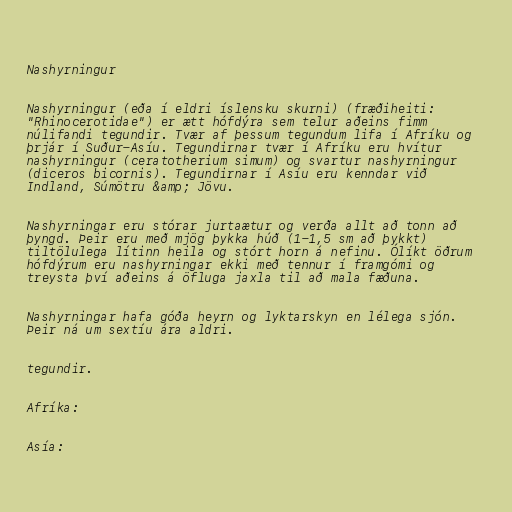
Nashyrningur

Nashyrningur (eða í eldri íslensku skurni) (fræðiheiti:
"Rhinocerotidae") er ætt hófdýra sem telur aðeins fimm
núlifandi tegundir. Tvær af þessum tegundum lifa í Afríku og
þrjár í Suður-Asíu. Tegundirnar tvær í Afríku eru hvítur
nashyrningur (ceratotherium simum) og svartur nashyrningur
(diceros bicornis). Tegundirnar í Asíu eru kenndar við
Indland, Súmötru &amp; Jövu.

Nashyrningar eru stórar jurtaætur og verða allt að tonn að
þyngd. Þeir eru með mjög þykka húð (1-1,5 sm að þykkt)
tiltölulega lítinn heila og stórt horn á nefinu. Ólíkt öðrum
hófdýrum eru nashyrningar ekki með tennur í framgómi og
treysta því aðeins á öfluga jaxla til að mala fæðuna.

Nashyrningar hafa góða heyrn og lyktarskyn en lélega sjón.
Þeir ná um sextíu ára aldri.

tegundir.

Afríka:

Asía: